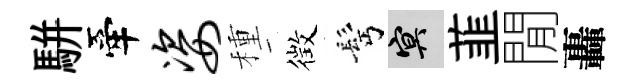
駢牽姿種徴髩冥韮閒轟